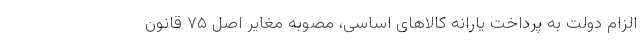
الزام دولت به پرداخت یارانه کالاهای اساسی، مصوبه مغایر اصل ۷۵ قانون